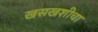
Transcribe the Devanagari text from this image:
खसखशीचा